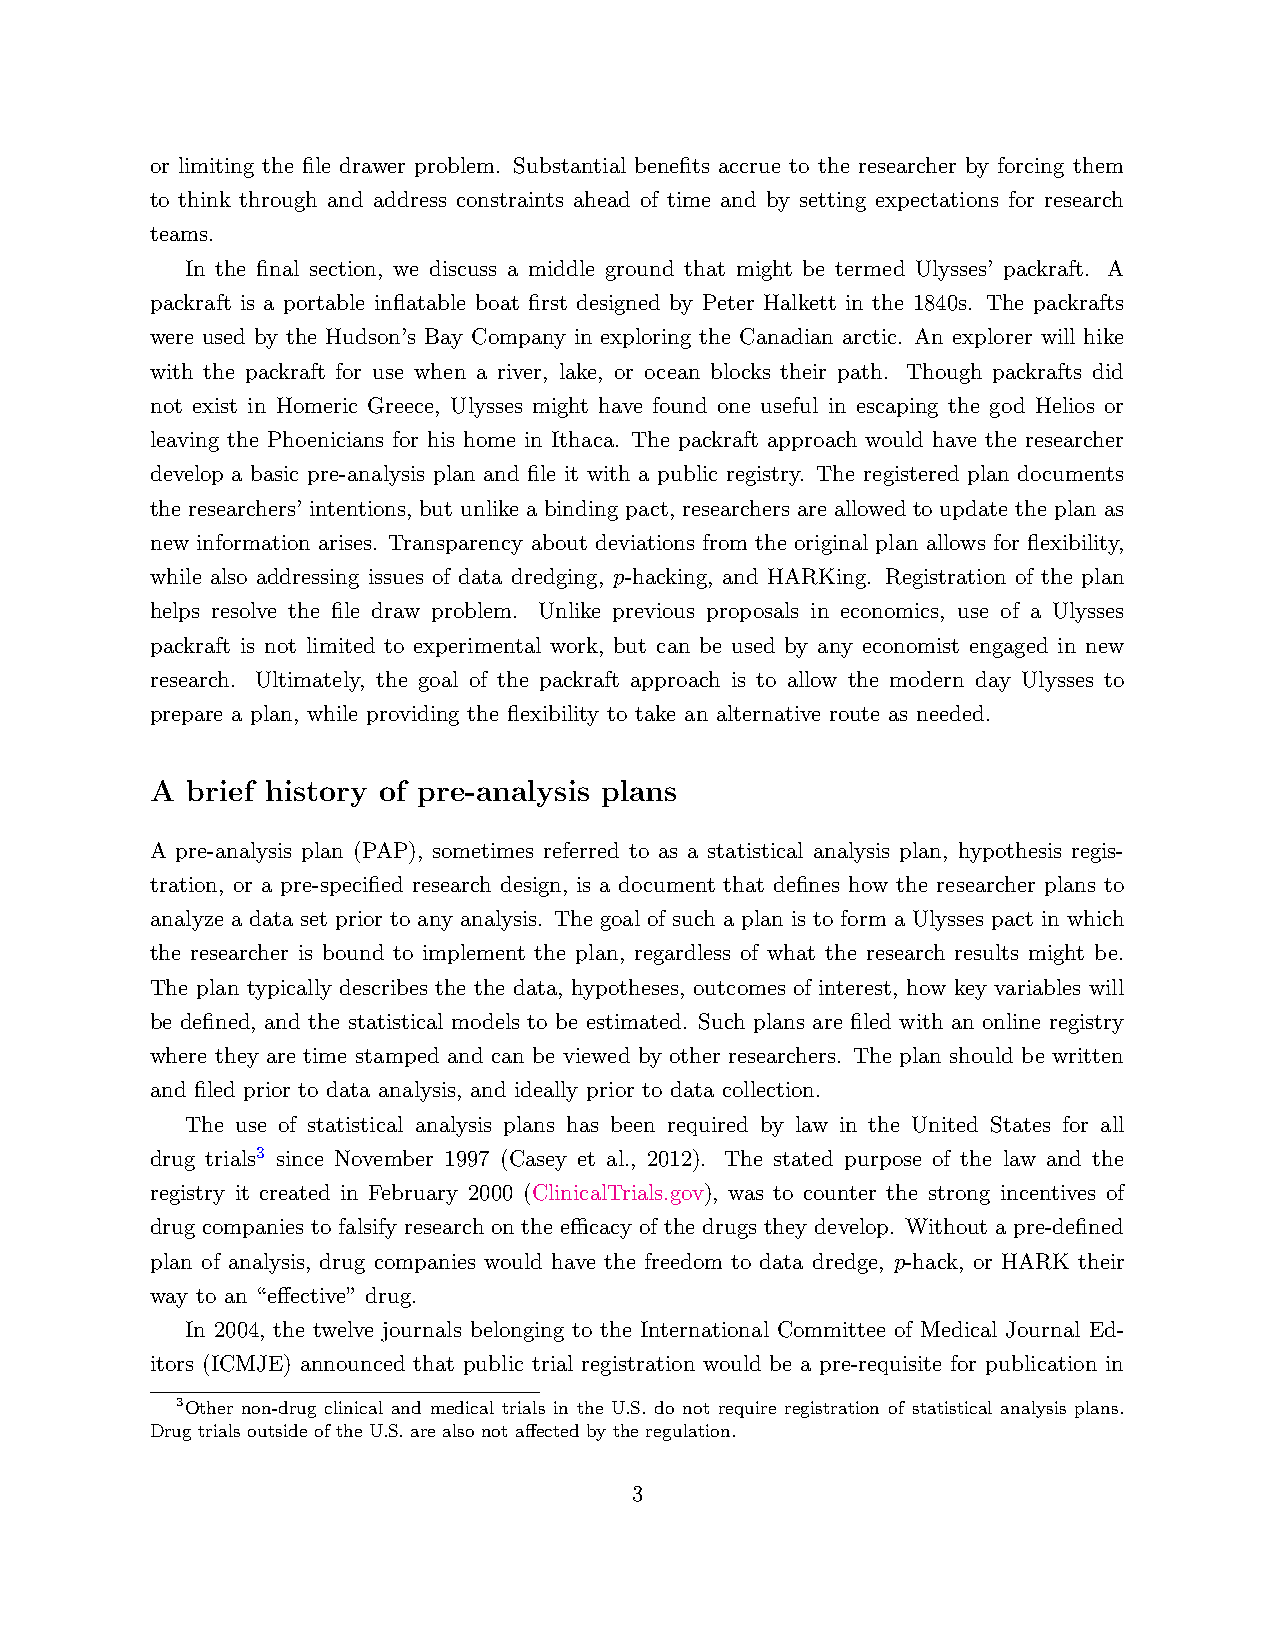
or limiting the file drawer problem. Substantial benefits accrue to the researcher by forcing them
 to think through and address constraints ahead of time and by setting expectations for research
 teams.
 In the final section, we discuss a middle ground that might be termed Ulysses’ packraft. A
 packraft is a portable inflatable boat first designed by Peter Halkett in the 1840s. The packrafts
 were used by the Hudson’s Bay Company in exploring the Canadian arctic. An explorer will hike
 with the packraft for use when a river, lake, or ocean blocks their path. Though packrafts did
 not exist in Homeric Greece, Ulysses might have found one useful in escaping the god Helios or
 leaving the Phoenicians for his home in Ithaca. The packraft approach would have the researcher
 develop a basic pre-analysis plan and file it with a public registry. The registered plan documents
 the researchers’ intentions, but unlike a binding pact, researchers are allowed to update the plan as
 new information arises. Transparency about deviations from the original plan allows for flexibility,
 while also addressing issues of data dredging, p-hacking, and HARKing. Registration of the plan
 helps resolve the file draw problem. Unlike previous proposals in economics, use of a Ulysses
 packraft is not limited to experimental work, but can be used by any economist engaged in new
 research. Ultimately, the goal of the packraft approach is to allow the modern day Ulysses to
 prepare a plan, while providing the flexibility to take an alternative route as needed.
 A brief history of pre-analysis plans
 A pre-analysis plan (PAP), sometimes referred to as a statistical analysis plan, hypothesis regis-
 tration, or a pre-specified research design, is a document that defines how the researcher plans to
 analyze a data set prior to any analysis. The goal of such a plan is to form a Ulysses pact in which
 the researcher is bound to implement the plan, regardless of what the research results might be.
 The plan typically describes the the data, hypotheses, outcomes of interest, how key variables will
 be defined, and the statistical models to be estimated. Such plans are filed with an online registry
 where they are time stamped and can be viewed by other researchers. The plan should be written
 and filed prior to data analysis, and ideally prior to data collection.
 The use of statistical analysis plans has been required by law in the United States for all
 drug trials3 since November 1997 (Casey et al., 2012). The stated purpose of the law and the
 registry it created in February 2000 (ClinicalTrials.gov), was to counter the strong incentives of
 drug companies to falsify research on the efficacy of the drugs they develop. Without a pre-defined
 plan of analysis, drug companies would have the freedom to data dredge, p-hack, or HARK their
 way to an “effective” drug.
 In 2004, the twelve journals belonging to the International Committee of Medical Journal Ed-
 itors (ICMJE) announced that public trial registration would be a pre-requisite for publication in
 3Other non-drug clinical and medical trials in the U.S. do not require registration of statistical analysis plans.
 Drug trials outside of the U.S. are also not affected by the regulation.
 3